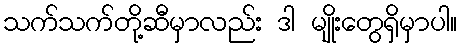
သက်သက်တို့ဆီမှာလည်း ဒါ မျိုးတွေရှိမှာပါ။